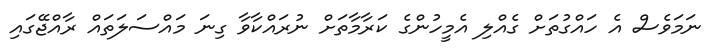
ނަމަވެސް އެ ހައްގުތަށް ގެއްލި އެމީހުންގެ ކަރާމާތަށް ނުރައްކާވާ ގިނަ މައްސަލަތައް ރާއްޖޭގައި